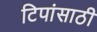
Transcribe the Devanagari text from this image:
टिपांसाठी